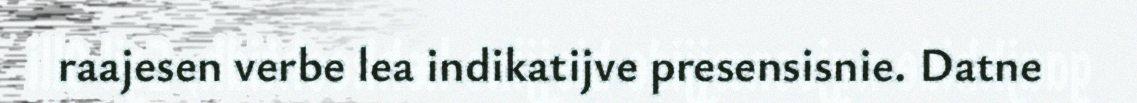
raajesen verbe lea indikatijve presensisnie. Datne